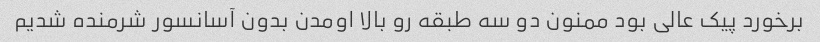
برخورد پیک عالی بود ممنون دو سه طبقه رو بالا اومدن بدون آسانسور شرمنده شدیم